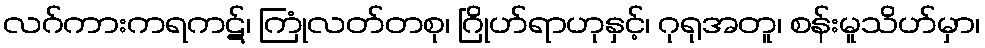
လဂ်ကားကရကဋ်၊ ကြုံလတ်တစု၊ ဂြိုဟ်ရာဟုနှင့်၊ ဂုရုအတူ၊ စန်းမူသိဟ်မှာ၊